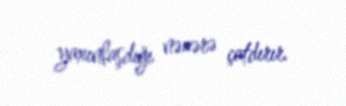
yaxınlaşdığı nəzərə çatdırır.